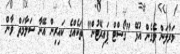
މަރާލަން ވެގެން އުޅޭ "ގޯސްޓް ޕައިރޭޓުން" ތަކެއްގެ ކައިރިން އޭނާ ސަލާމަތް ވާން